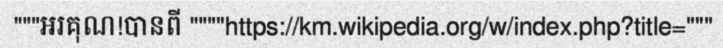
"""អរគុណ!បានពី """"https://km.wikipedia.org/w/index.php?title="""